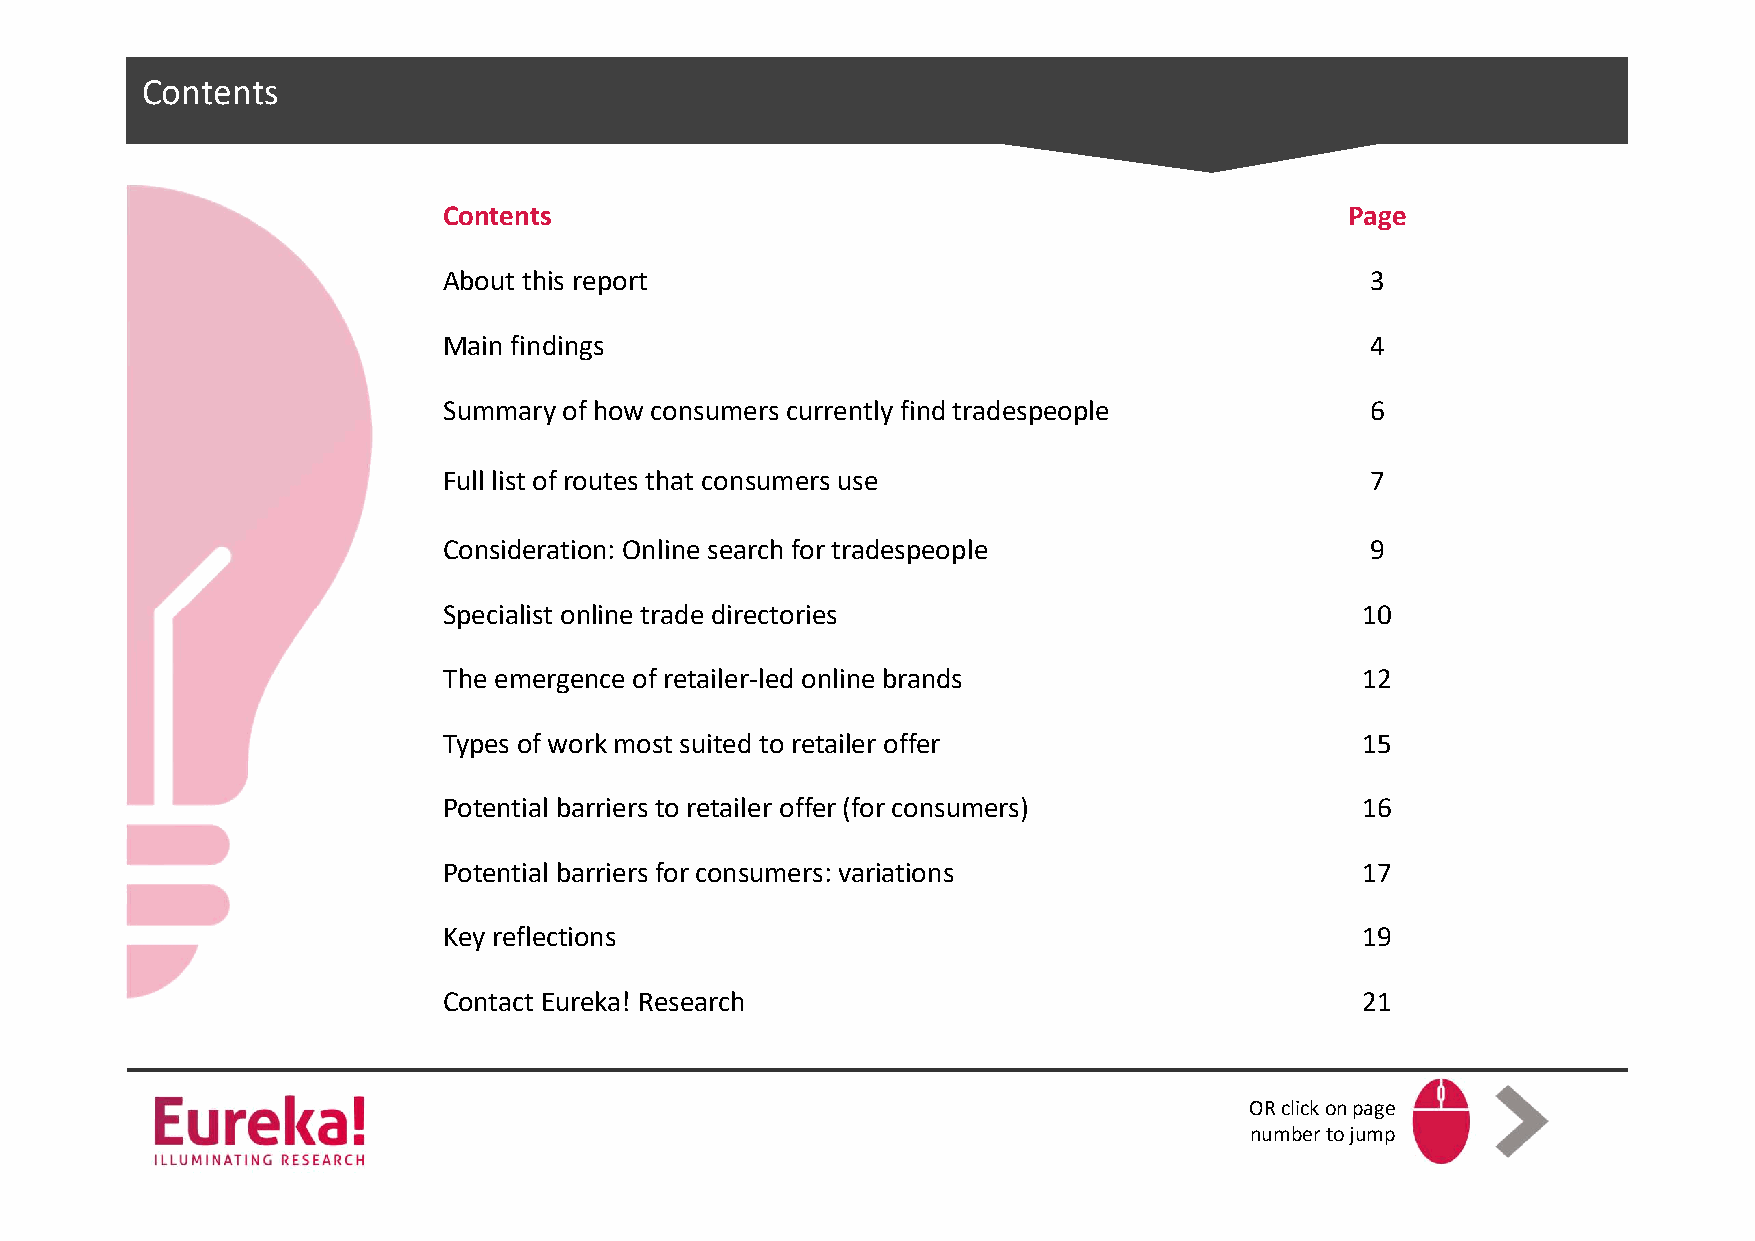
CColnictekn ttso edit Master title style
 Contents                                                    Page
 About this report                                             3
 Main findings                                                 4
 Summary of how consumers currently find tradespeople          6
 Full list of routes that consumers use                        7
 Consideration: Online search for tradespeople                 9
 Specialist online trade directories                          10
 The emergence of retailer-led online brands                  12
 Types of work most suited to retailer offer                  15
 Potential barriers to retailer offer (for consumers)         16
 Potential barriers for consumers: variations                 17
 Key reflections                                              19
 Contact Eureka! Research                                     21
 OR click on page
 number to jump